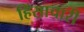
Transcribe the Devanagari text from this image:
हिंसाचारी